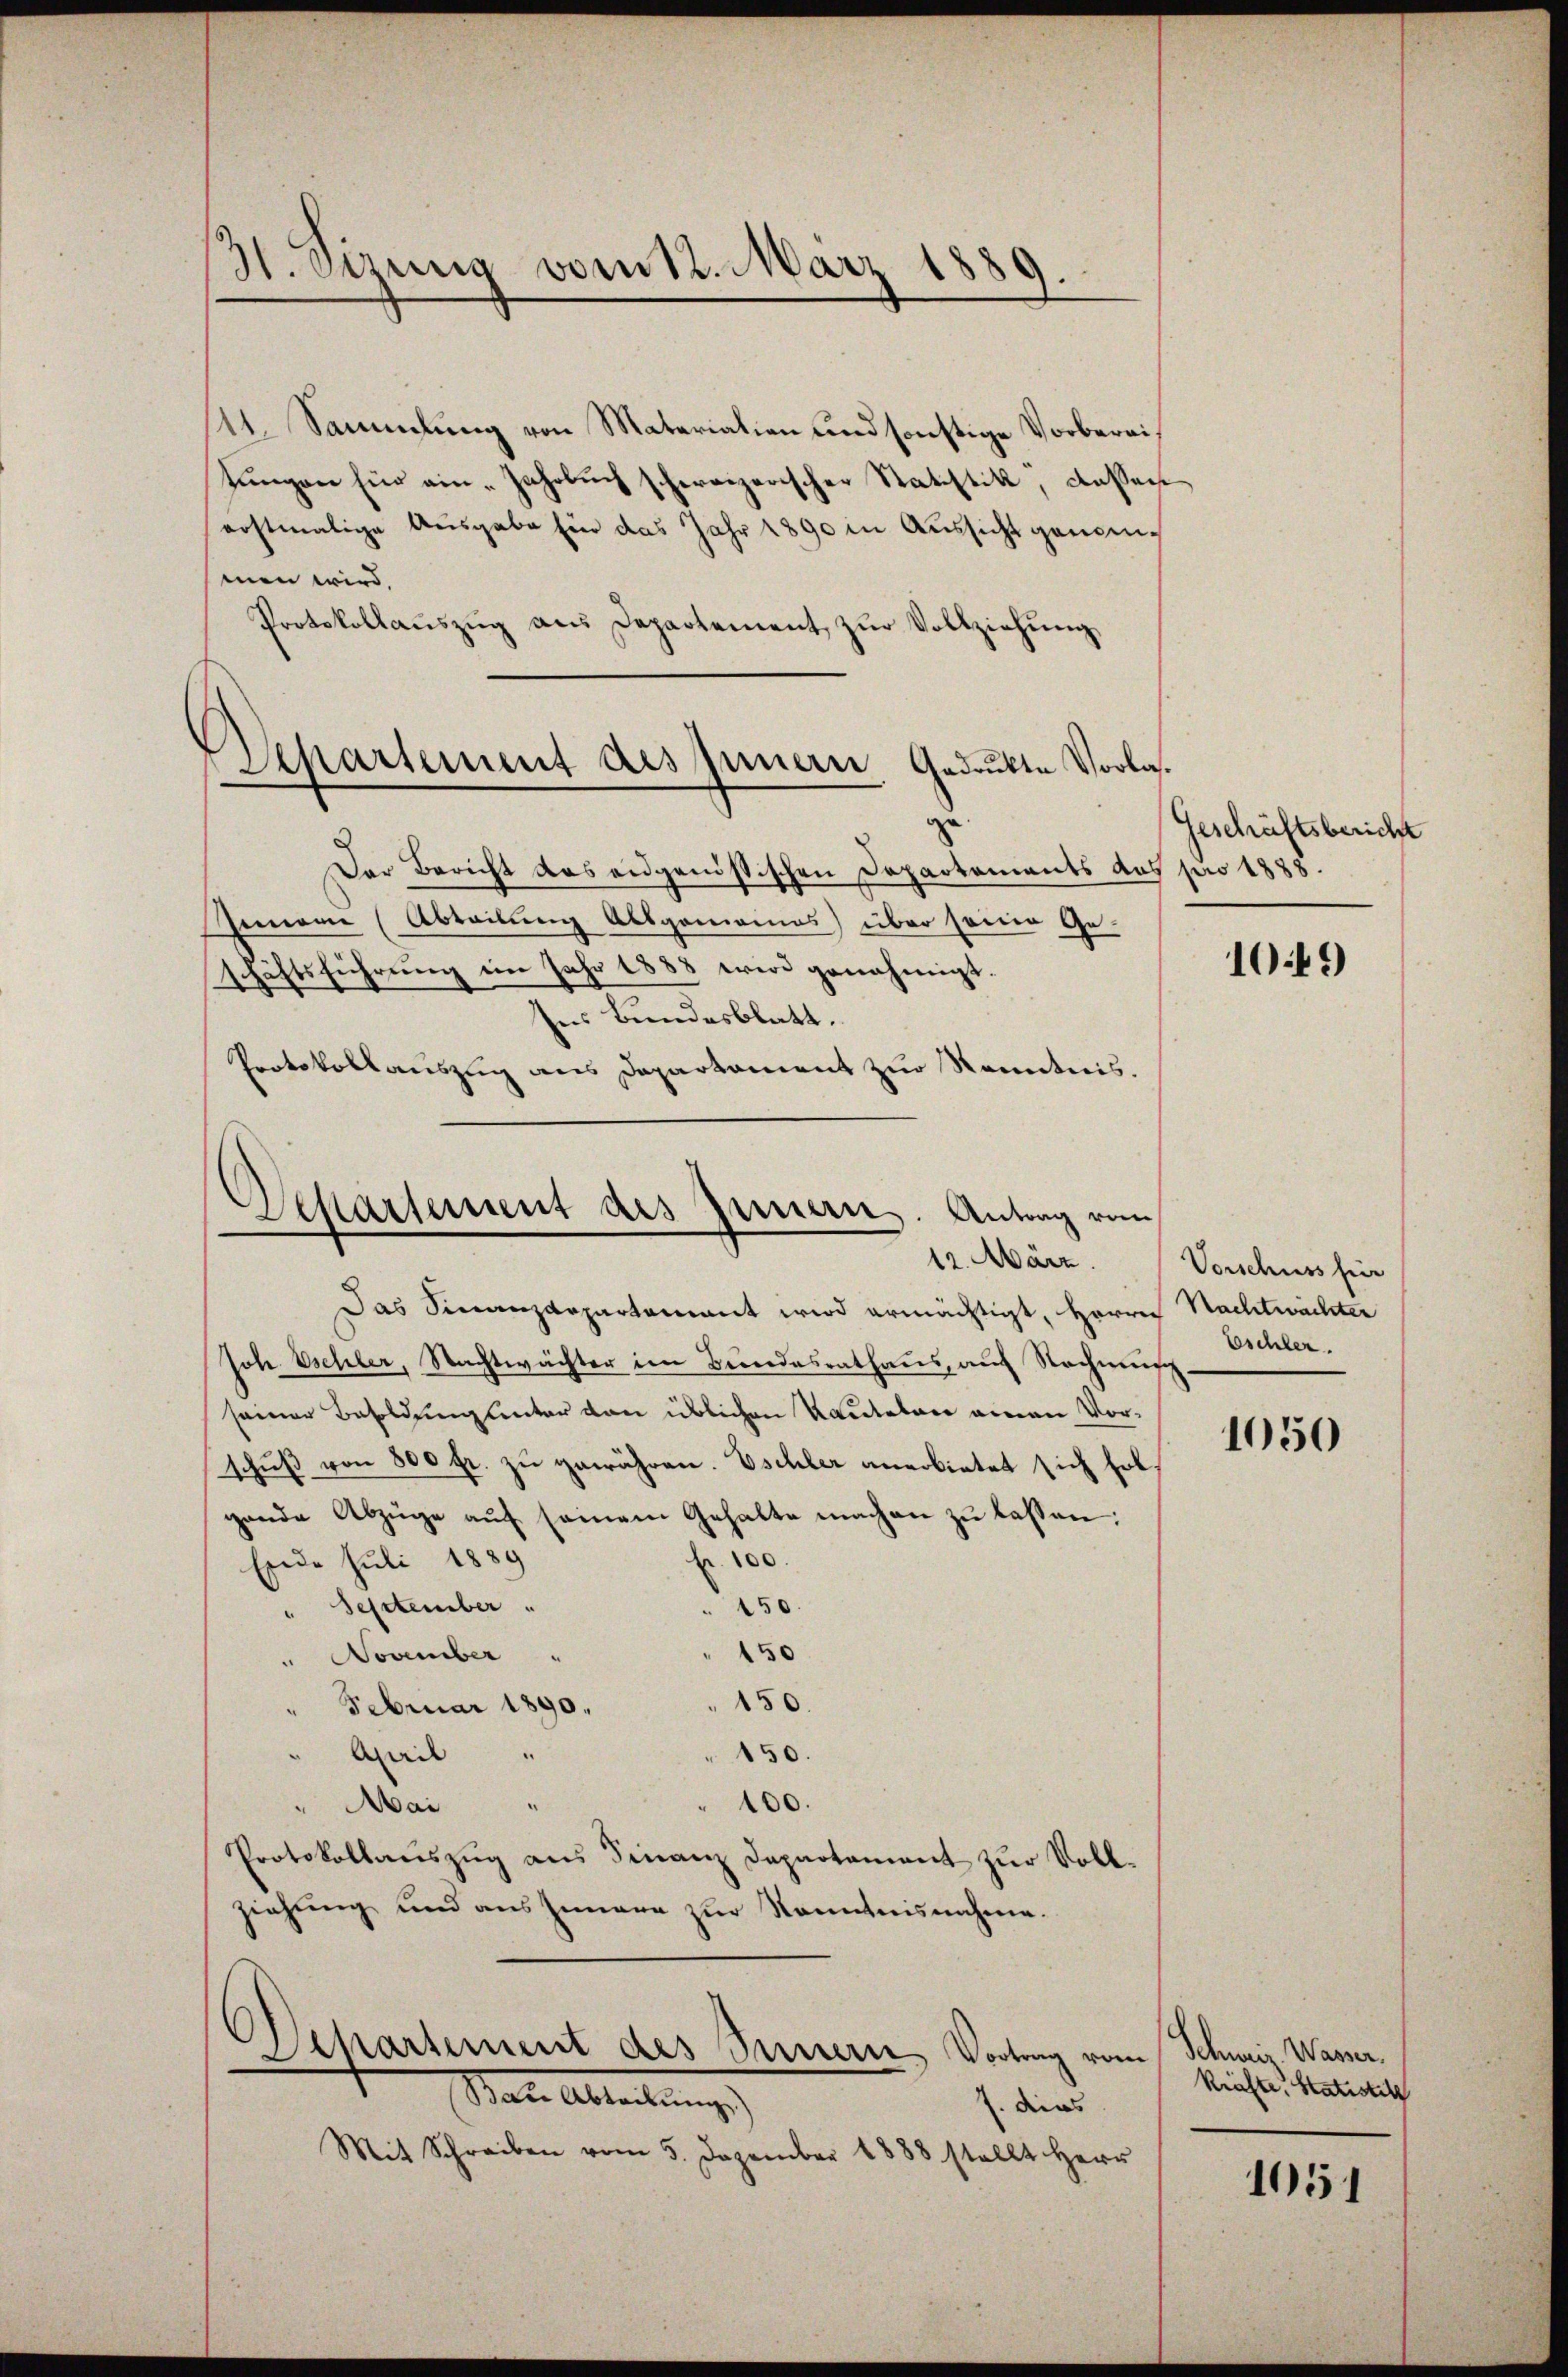
31. Sizung vom 12. März 1889.
e

111. Sammlung von Materialien und sonstige Vorbereisungen für ein Jahrbuch schweizerischer Statistik, dassen
eostmalige Ausgabe für das Jahr 1890 in Aussicht genommen wird.
Protokollaŭszŭg aŭs Departement zŭr Vollziehŭng
Departement des Innern Gedrukte Vorlas¬
Der Bericht das eidgenössischen Departements aus pro 1888.
Gemeine Abteilung Allgemeines) über seine Geschäftsführŭng im Jahr 1888 wird genehmigt.
ses Bundesblatt.
Protokollauszug aus Departament zur Kenntnis.

Departement des Innern. Antrag von
12. März.

Das Finanzdepartement wird ermächtigt, Herrn
Joh Eschler, Nachtwächter im Besondesrathaus, auf Nachmis
seiner Besoldung unter den üblichen Rauteten einen Vorschŭβ von 800 fr. zŭ gewähren. Eschler anerbietet sich holgende Abzüge auf seinem Gehalte machen zu lassen:
fr. 100.
Ende Juli 1889
" September
230.
150
" November "
150.
Februar 1890.
.
150.
April
.
100.
" Mai
Protokollauszug aus Finanz Departament zur Vollziehung und aus Innere zur Kenntnisnahme.

Departement des Innern Vortrag vom Schweiz. Wasser,
Bar. Abtretung)
/. dies

Mit Schreiben vom 5. Dezember 1888 stellt Herr

Geschäftsbericht

1049

Vorschuss für
Nachtwächter
Eschler.

1050

Kräfte, Statistet

1051